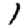
Digit: 1